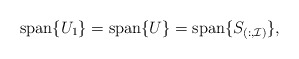
\begin{align*} {\rm span}\{U_1\}= {\rm span}\{U\} = {\rm span}\{S_{(:, \mathcal{I})}\},\end{align*}